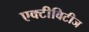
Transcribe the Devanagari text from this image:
एक्टीविटीज